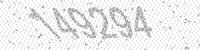
Solution: 149294